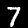
Digit: 7